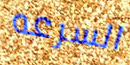
السرعه